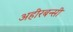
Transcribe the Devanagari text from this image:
अहीरबन्सी